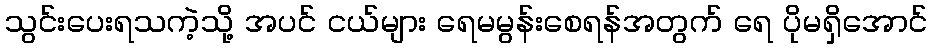
သွင်းပေးရသကဲ့သို့ အပင် ငယ်များ ရေမမွန်းစေရန်အတွက် ရေ ပိုမရှိအောင်